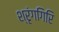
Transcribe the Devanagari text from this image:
श्रृंगगिरि